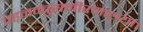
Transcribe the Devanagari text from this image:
वह़नम्‍बुसमीरणाख्‍या।